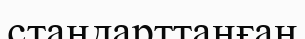
стандарттанған